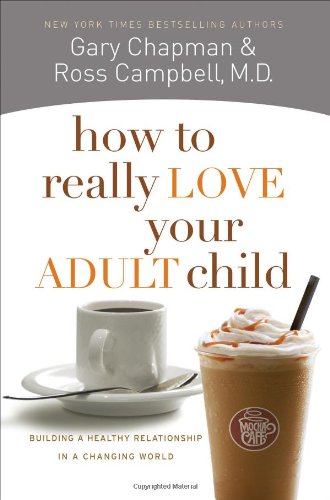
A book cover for How to Really Love Your Adult Child: Building a Healthy Relationship in a Changing World; Gary D Chapman; Parenting & Relationships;